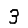
Digit: 3